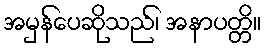
အမှန်ပေဆိုသည်၊ အနာပတ္တိ။